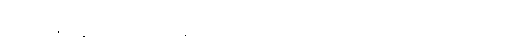
သံအဖွဲ့ အပြန်ခရီးမှာတော့ မြန်မာပြည်ကို သံအဖွဲ့အတု ခေါင်းဆောင်သွားခဲ့တဲ့ ဝနယ်က